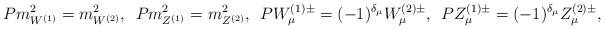
\begin{align*}P m^{2}_{W^{(1)}} = m^{2}_{W^{(2)}}, \hspace{0.2cm}P m^{2}_{Z^{(1)}} = m^{2}_{Z^{(2)}}, \hspace{0.2cm}P W^{(1)\pm}_{\mu} = (-1)^{\delta_{\mu}} W^{(2)\pm}_{\mu}, \hspace{0.2cm}P Z^{(1)\pm}_{\mu} = (-1)^{\delta_{\mu}} Z^{(2)\pm}_{\mu},\end{align*}